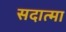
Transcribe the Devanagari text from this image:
सदात्मा